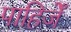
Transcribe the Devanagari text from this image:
पाहिजेँ